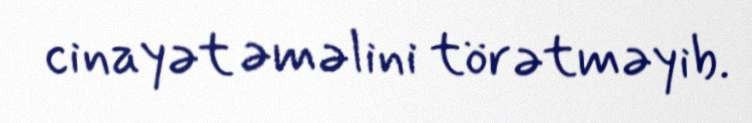
cinayət əməlini törətməyib.